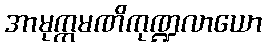
အာမုက္ကမဏိကုဏ္ဍလာယော